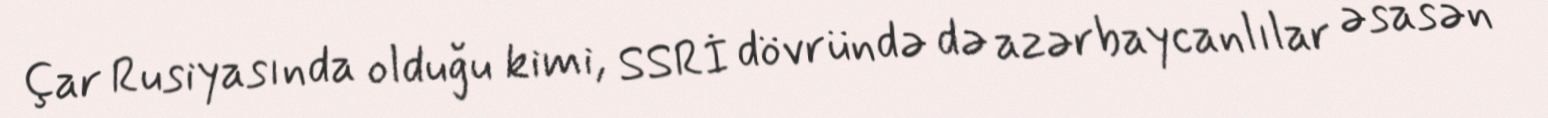
Çar Rusiyasında olduğu kimi, SSRİ dövründə də azərbaycanlılar əsasən